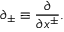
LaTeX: \partial _ { \pm } \equiv \frac { \partial } { \partial x ^ { \pm } } .